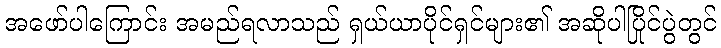
အဖော်ပါကြောင်း အမည်ရလာသည် ရှယ်ယာပိုင်ရှင်များ၏ အဆိုပါပြိုင်ပွဲတွင်